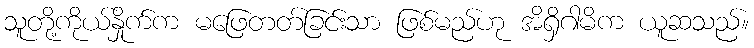
သူတို့ကိုယ်နှိုက်က မဖြေတတ်ခြင်းသာ ဖြစ်မည်ဟု အိရှိဂါမိက ယူဆသည်။